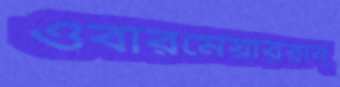
ওবারমেয়াররান্